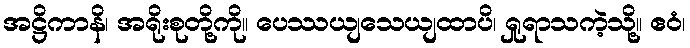
အဋ္ဌိကာနိ၊ အရိုးစုတို့ကို။ ပေဿယျသေယျထာပိ၊ ရှုရာသကဲ့သို့။ ဧဝံ၊